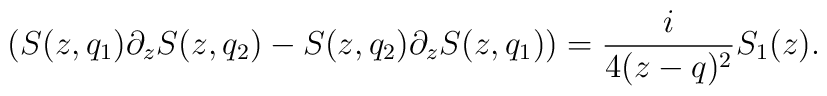
(S(z,q_1)\partial_zS(z,q_2) -S(z,q_2)\partial_zS(z,q_1) ) = {i \over 4 (z-q)^2} S_1(z) .